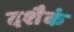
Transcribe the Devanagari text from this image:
दशैकं